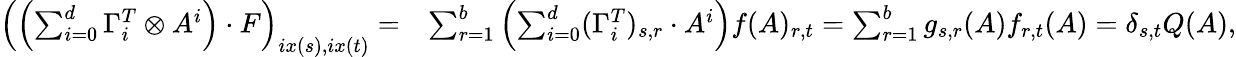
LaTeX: \begin{array}{rl}{\left(\left(\sum_{i=0}^{d}\Gamma_{i}^{T}\otimes A^{i}\right)\cdot F\right)_{ix(s),ix(t)}=}&{\sum_{r=1}^{b}\left(\sum_{i=0}^{d}(\Gamma_{i}^{T})_{s,r}\cdot A^{i}\right)f(A)_{r,t}=\sum_{r=1}^{b}g_{s,r}(A)f_{r,t}(A)=\delta_{s,t}Q(A),}\end{array}